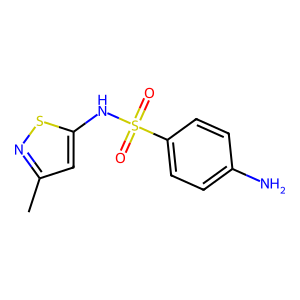
SMILES: Cc1cc(NS(=O)(=O)c2ccc(N)cc2)sn1
Inhibits HIV replication: No